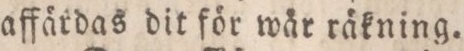
affärdas dit för wår räkning.